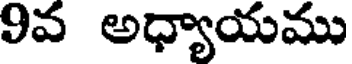
9వ అధ్యాయము